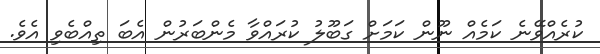
ކުރެއްވޭނެ ކަމެއް ނޫން ކަމަށް ގަބޫލު ކުރައްވާ މެންބަރުން އެބަ ތިއްބެވި އެވެ.